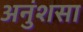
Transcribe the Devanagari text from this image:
अनुंशसा